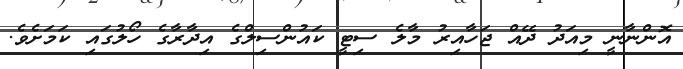
އޮންނާނީ މިއަދު ދޭއް ޖަހާއިރު މާލެ ސިޓީ ކައުންސިލްގެ އިދާރާގެ ހޯލުގައި ކަމަށެވެ.